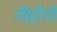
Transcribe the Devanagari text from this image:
नीहोंगो